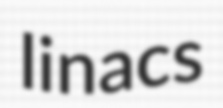
linacs